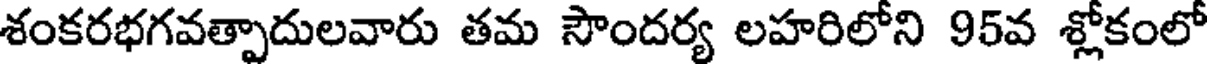
శంకరభగవత్పాదులవారు తమ సౌందర్య లహరిలోని 95వ శ్లోకంలో